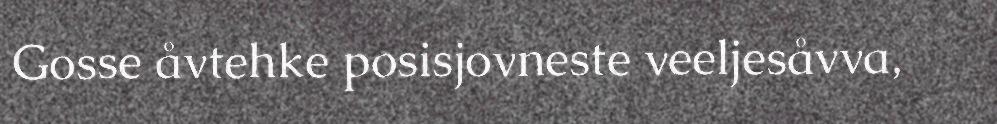
Gosse åvtehke posisjovneste veeljesåvva,